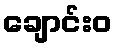
ချောင်းဝ